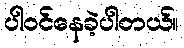
ပါဝင်နေခဲ့ပါတယ်။